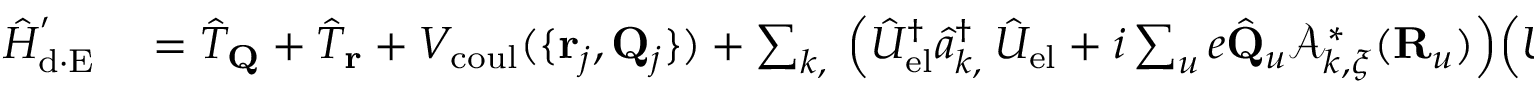
\begin{array} { r l } { \hat { H } _ { \mathrm { d \cdot E } } ^ { ' } } & { { } = \hat { T } _ { \bf Q } + \hat { T } _ { \bf r } + V _ { \mathrm { c o u l } } ( \{ { { \bf r } _ { j } , { \bf Q } _ { j } } \} ) + \sum _ { { \boldsymbol k } , { \bf \xi } } \Big ( \hat { U } _ { \mathrm { e l } } ^ { \dagger } \hat { a } _ { { \boldsymbol k } , { \bf \xi } } ^ { \dagger } \hat { U } _ { \mathrm { e l } } + i \sum _ { u } e \hat { \bf Q } _ { u } \mathcal { A } _ { { \boldsymbol k } , { \boldsymbol \xi } } ^ { * } ( { \bf R } _ { u } ) \Big ) \Big ( \hat { U } _ { \mathrm { e l } } ^ { \dagger } \hat { a } _ { { \boldsymbol k } , { \boldsymbol { \xi } } } \hat { U } _ { \mathrm { e l } } - i \sum _ { u } e \hat { \bf Q } _ { u } \mathcal { A } _ { { \boldsymbol k } , { \boldsymbol \xi } } ( { \bf R } _ { u } ) \Big ) \omega _ { \boldsymbol k } . } \end{array}